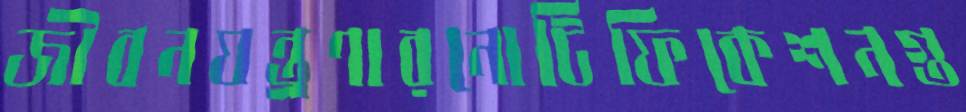
জীবনযন্ত্রণারনোটিফিকেশনগু